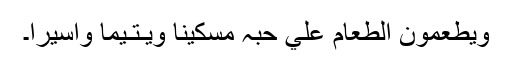
وَيُطْعِمُوْنَ الطَّعَامَ عَلٰي حُبِّہٖ مِسْكِيْنًا وَّيَـتِـيْمًا وَّاَسِيْرًا۔